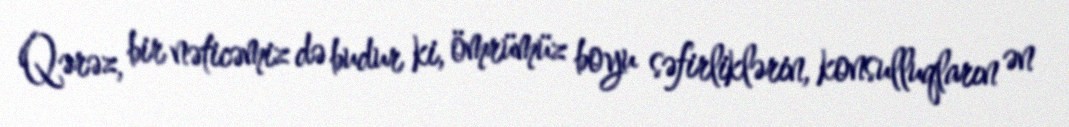
Qərəz, bir nəticəmiz də budur ki, ömrümüz boyu səfirliklərin, konsulluqların ən